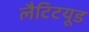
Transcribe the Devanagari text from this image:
लैटिटयूड